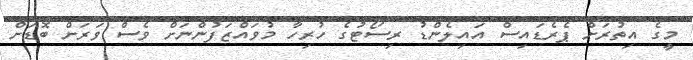
މީގެ އިތުރަށް ޕެރެޑައިސް އައިލެންޑު ރިސޯޓުގެ ހުރިހާ މުވައްޒަފުންނަށް ވެސް ވަރަށް ބޮޑަށް